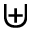
\uplus